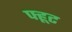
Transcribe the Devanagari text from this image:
फ्हूट